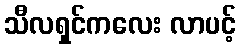
သီလရှင်ကလေး လာပင့်